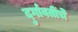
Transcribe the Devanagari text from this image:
दुर्गावतींचे